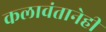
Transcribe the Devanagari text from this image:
कलावंतानेही